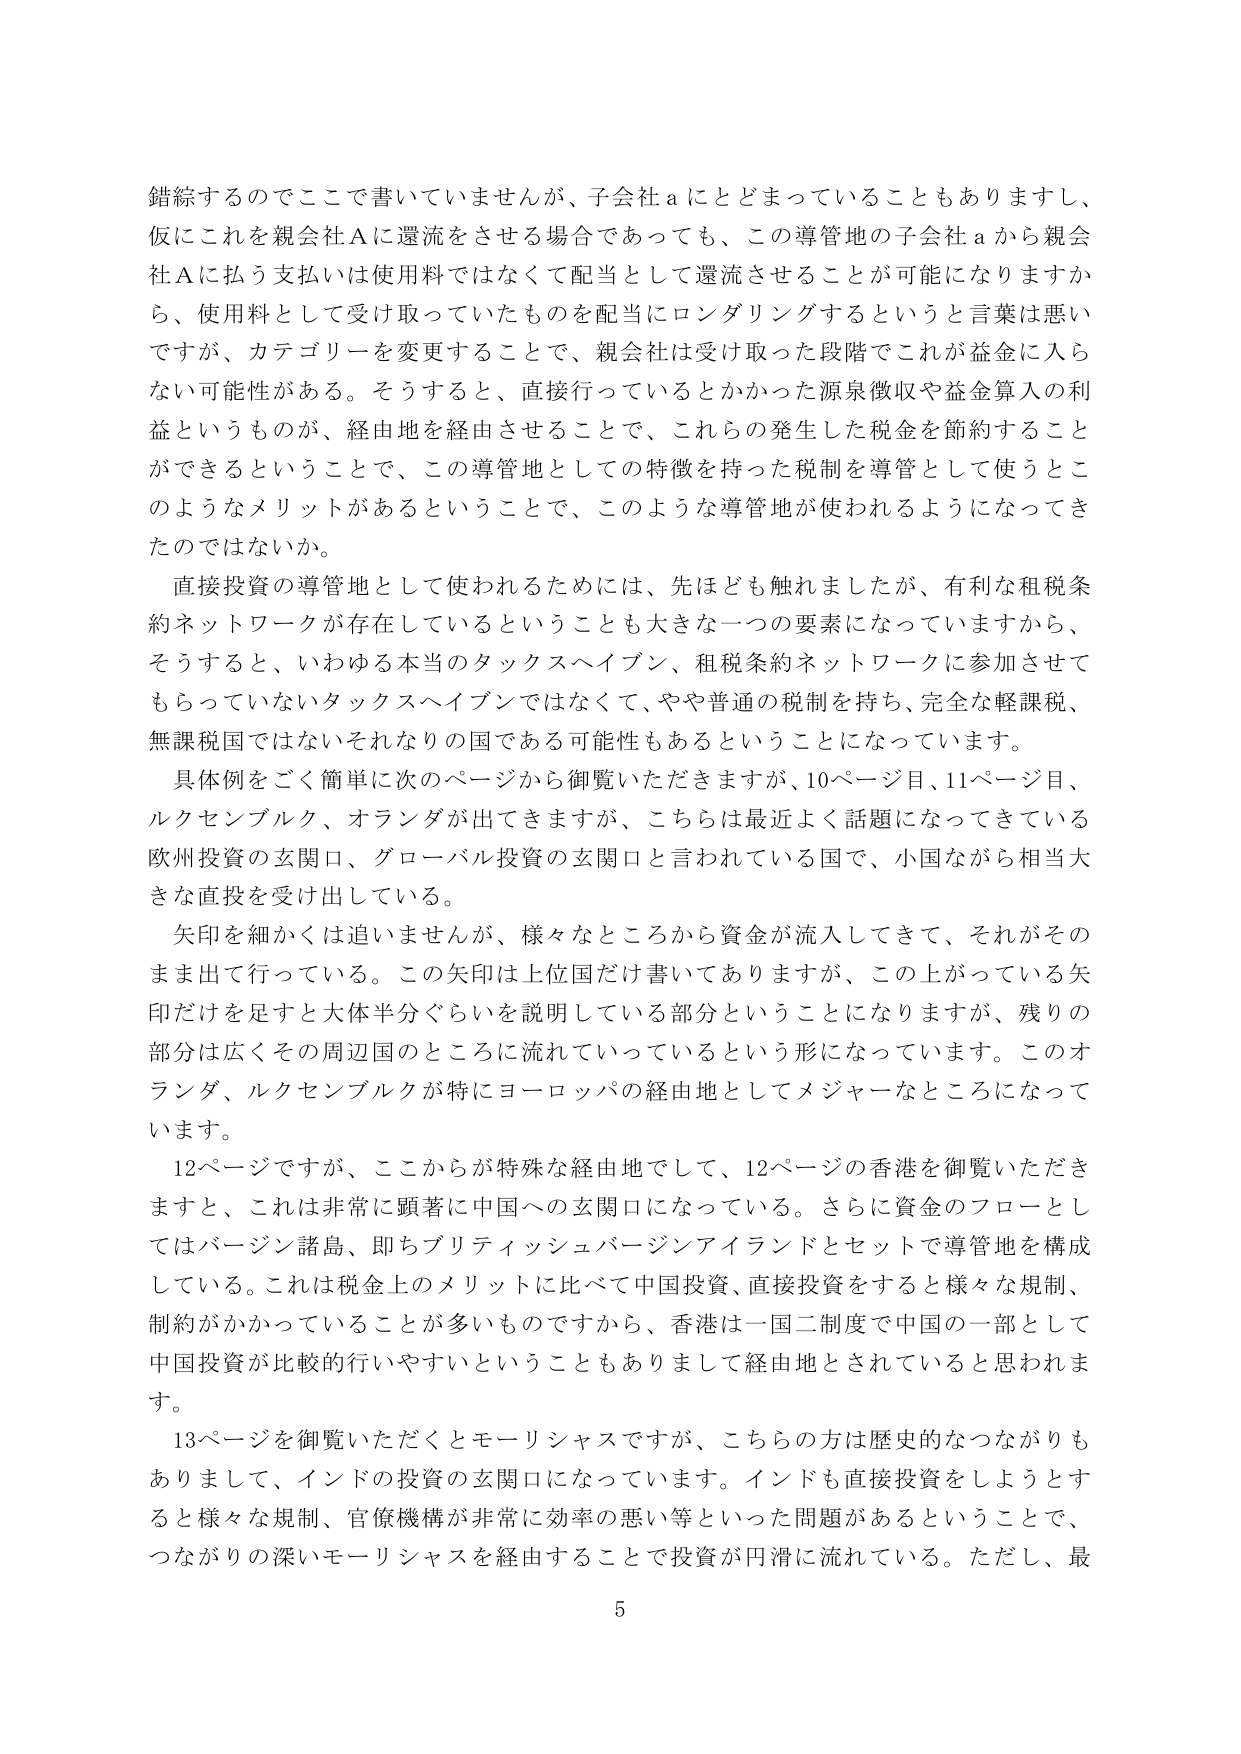
錯綜するのでここで書いていませんが、子会社ａにとどまっていることもありますし、
仮にこれを親会社Ａに還流をさせる場合であっても、この導管地の子会社ａから親会
社Ａに払う支払いは使用料ではなくて配当として還流させることが可能になりますか
ら、使用料として受け取っていたものを配当にロンダリングするというと言葉は悪い
ですが、カテゴリーを変更することで、親会社は受け取った段階でこれが益金に入ら
ない可能性がある。そうすると、直接行っているとかかった源泉徴収や益金算入の利
益というものが、経由地を経由させることで、これらの発生した税金を節約すること
ができるということで、この導管地としての特徴を持った税制を導管として使うとこ
のようなメリットがあるということで、このような導管地が使われるようになってき
たのではないでしょうか。
直接投資の導管地として使われるためには、先ほども触れましたが、有利な租税条
約ネットワークが存在しているということも大きな一つの要素になっていますから、
そうすると、いわゆる本当のタックスヘイブン、租税条約ネットワークに参加させて
もらっていないタックスヘイブンではなくて、やや普通の税制を持ち、完全な軽課税、
無課税国ではないそれなりの国である可能性もあるということになっています。
具体例をごく簡単に次のページから御覧いただきますが、10ページ目、11ページ目、
ルクセンブルク、オランダが出てきますが、こちらは最近よく話題になってきている
欧州投資の玄関口、グローバル投資の玄関口と言われている国で、小国ながら相当大
きな直投を受け出している。
矢印を細かくは追いませんが、様々なところから資金が流入してきて、それがその
まま出て行っている。この矢印は上位国だけ書いてありますが、この上がっている矢
印だけを足すと大体半分ぐらいを説明している部分ということになりますが、残りの
部分は広くその周辺国のところに流れていっているという形になっています。このオ
ランダ、ルクセンブルクが特にヨーロッパの経由地としてメジャーなところになって
います。
12ページですが、ここからが特殊な経由地として、12ページの香港を御覧いただき
ますと、これは非常に顕著に中国への玄関口になっている。さらに資金のフローとし
てはバージン諸島、即ちブリティッシュバージンアイランドとセットで導管地を構成
している。これは税金上のメリットに比べて中国投資、直接投資をするとき様々な規制、
制約がかかっていることが多いものですから、香港は一国二制度で中国の一部として
中国投資が比較的行いやすいということもありまして経由地とされていると思われま
す。
13ページを御覧いただくとモーリシャスですが、こちらの方は歴史的なつながりも
ありまして、インドの投資の玄関口になっています。インドも直接投資をしようとする
と様々な規制、官僚機構が非常に効率の悪い等といった問題があるということで、
つながりの深いモーリシャスを経由することで投資が円滑に流れている。ただし、最
5